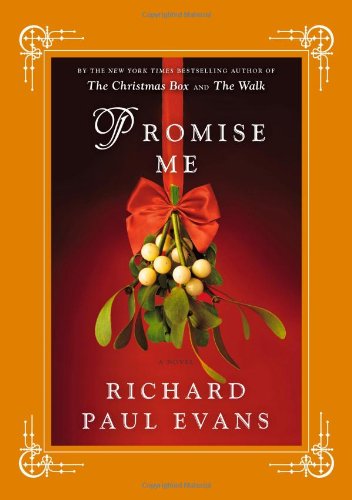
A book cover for Promise Me; Richard Paul Evans; Romance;